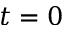
t = 0